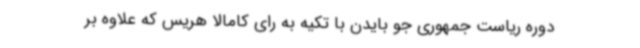
دوره ریاست جمهوری جو بایدن با تکیه به رای کامالا هریس که علاوه بر